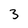
Character: 3